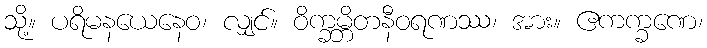
သို့။ ပရိမနယေနေဝ၊ လျှင်။ ဝိက္ခမ္ဘိတနီဝရဏဿ၊ အား။ ဧကက္ခဏေ၊